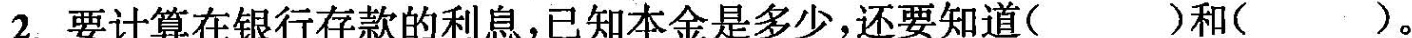
2.要计算在银行存款的利息，已知本金是多少，还要知道（ ）和（ ）。